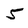
Character: 5